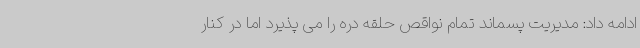
ادامه داد: مدیریت پسماند تمام نواقص حلقه دره را می پذیرد اما در کنار